65_HS1-834228961_62-HQ-83894_SUB_A
Agency: FBI
Page 93
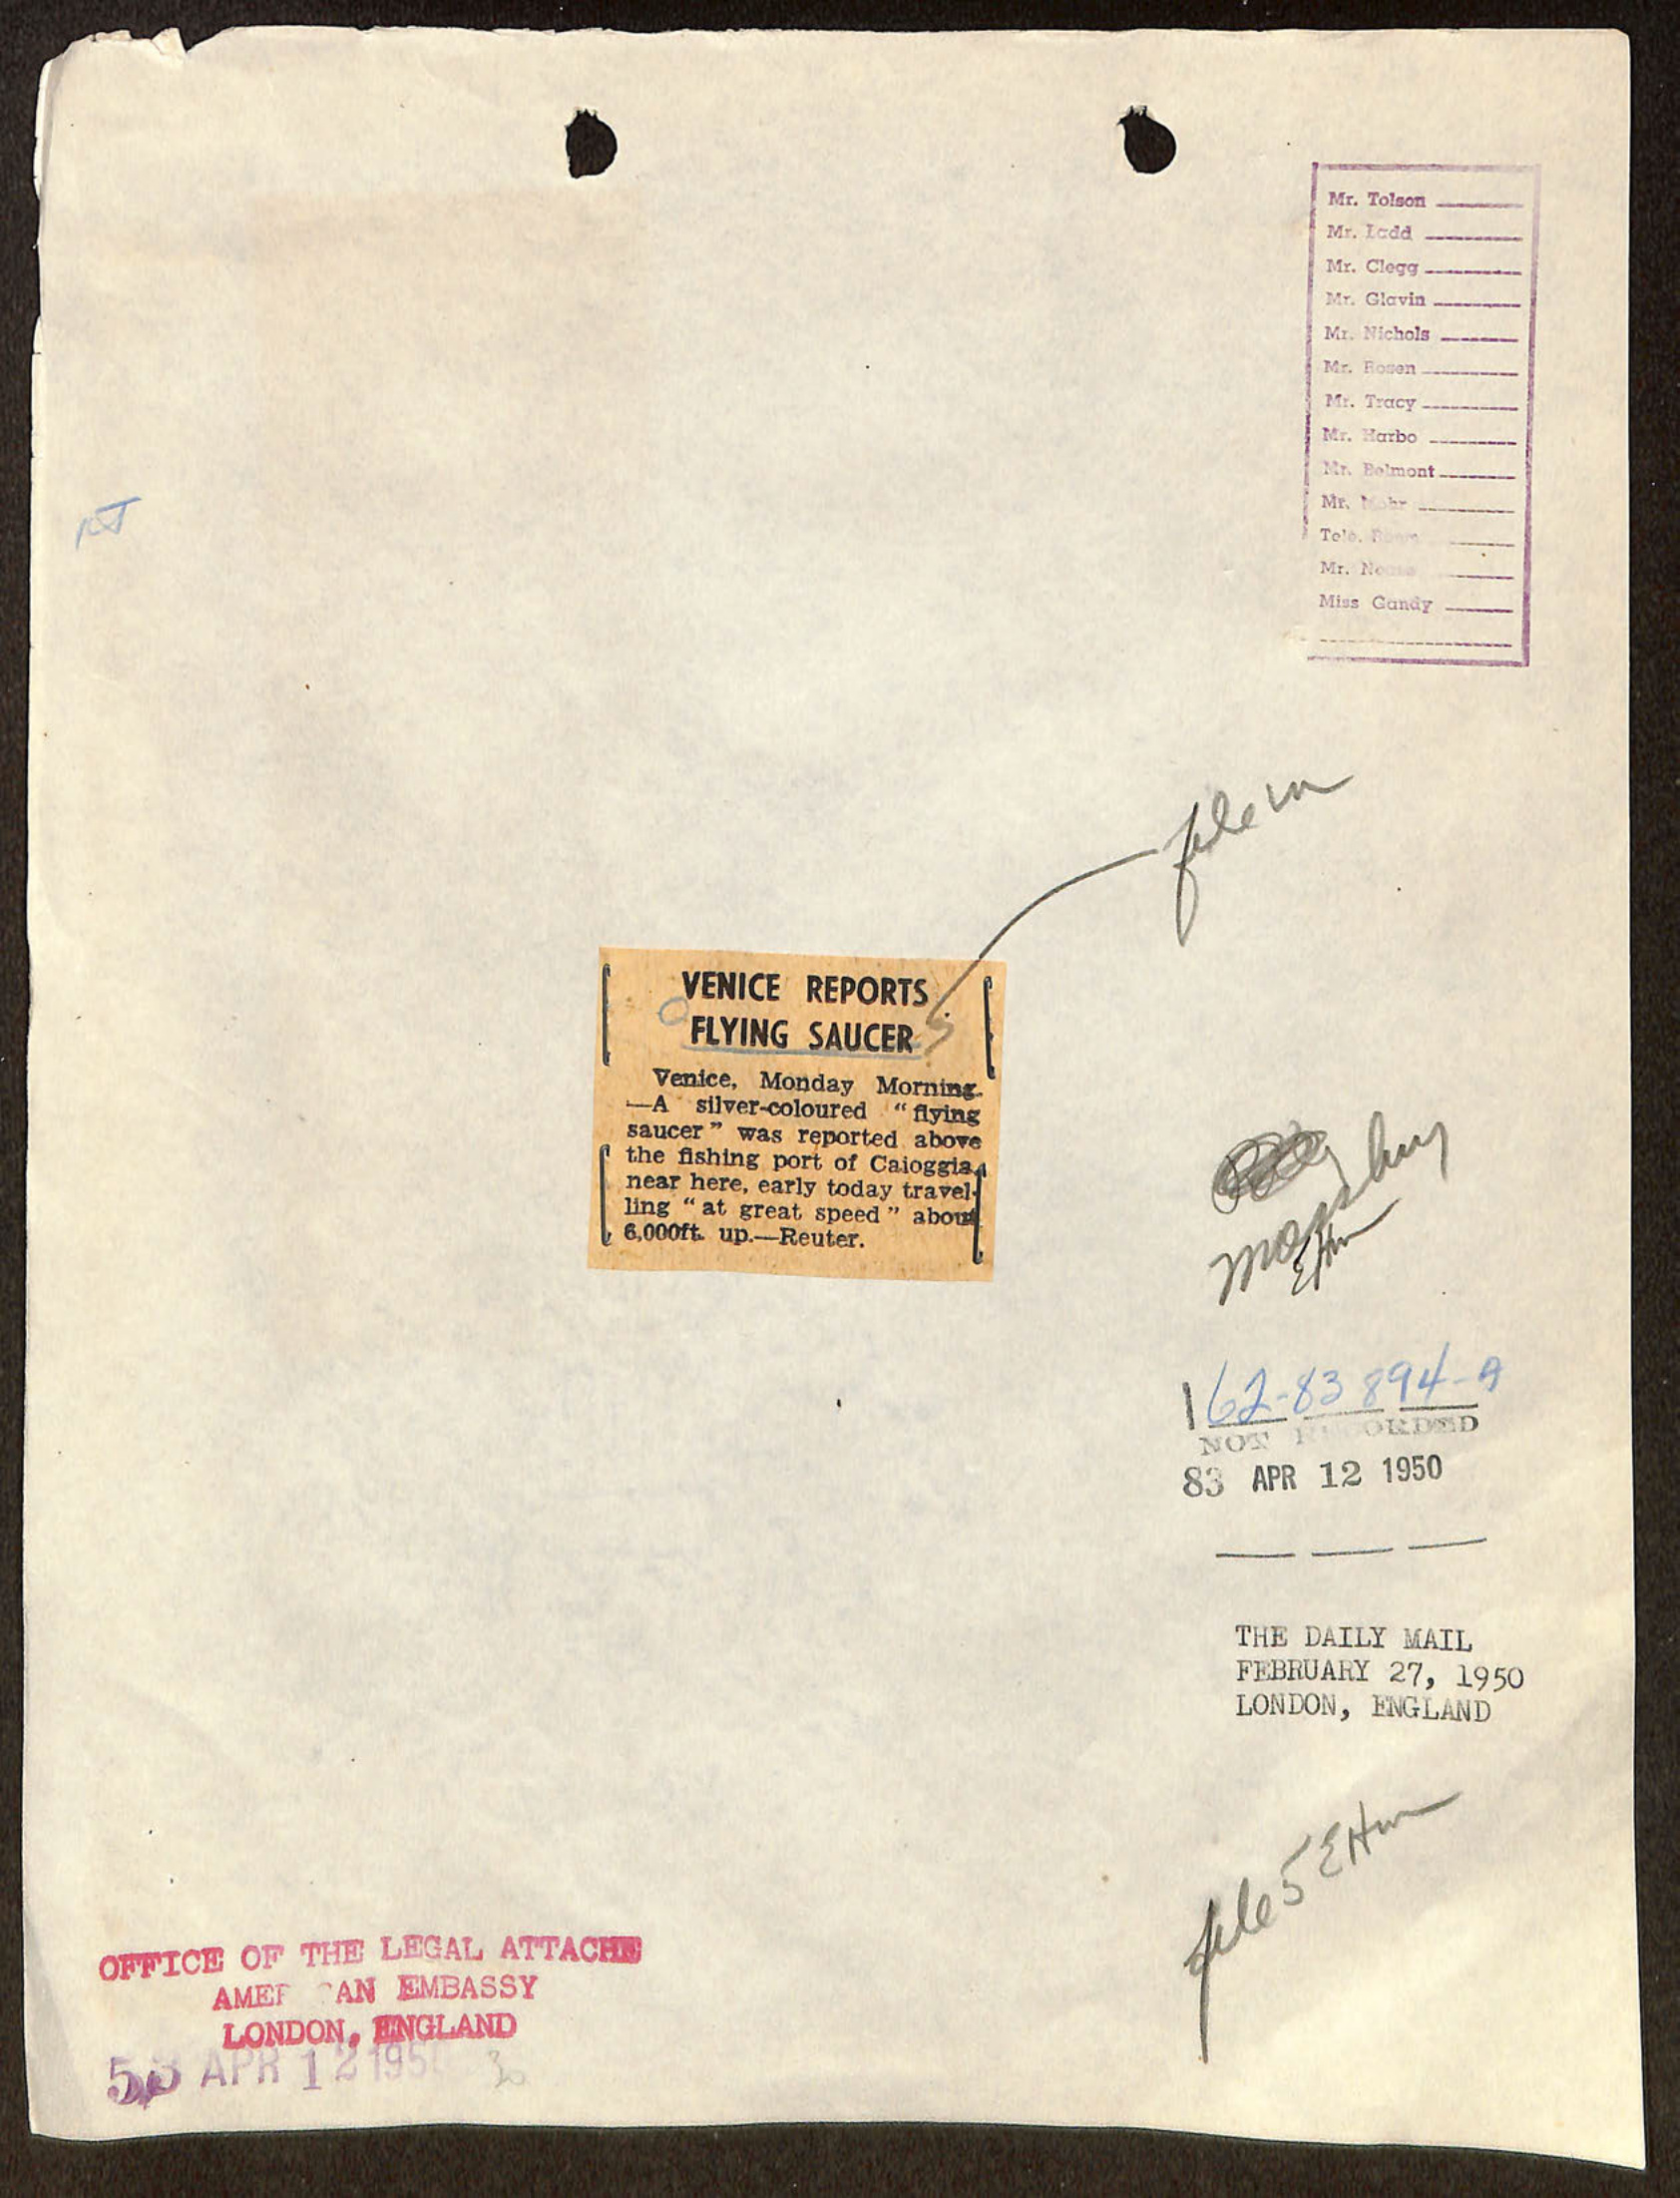